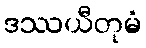
ဒဿယီတုမံ